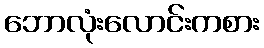
ဘောလုံးလောင်းကစား